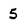
Character: 5